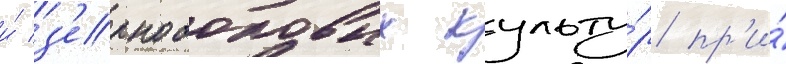
и́ з'ернобобовых культу́р пр'и́